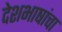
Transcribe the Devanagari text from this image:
देशभाषांचा